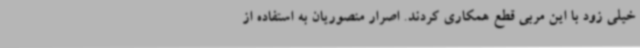
خیلی زود با این مربی قطع همکاری کردند. اصرار منصوریان به استفاده از